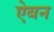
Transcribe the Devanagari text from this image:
ऐबन